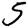
Digit: 5